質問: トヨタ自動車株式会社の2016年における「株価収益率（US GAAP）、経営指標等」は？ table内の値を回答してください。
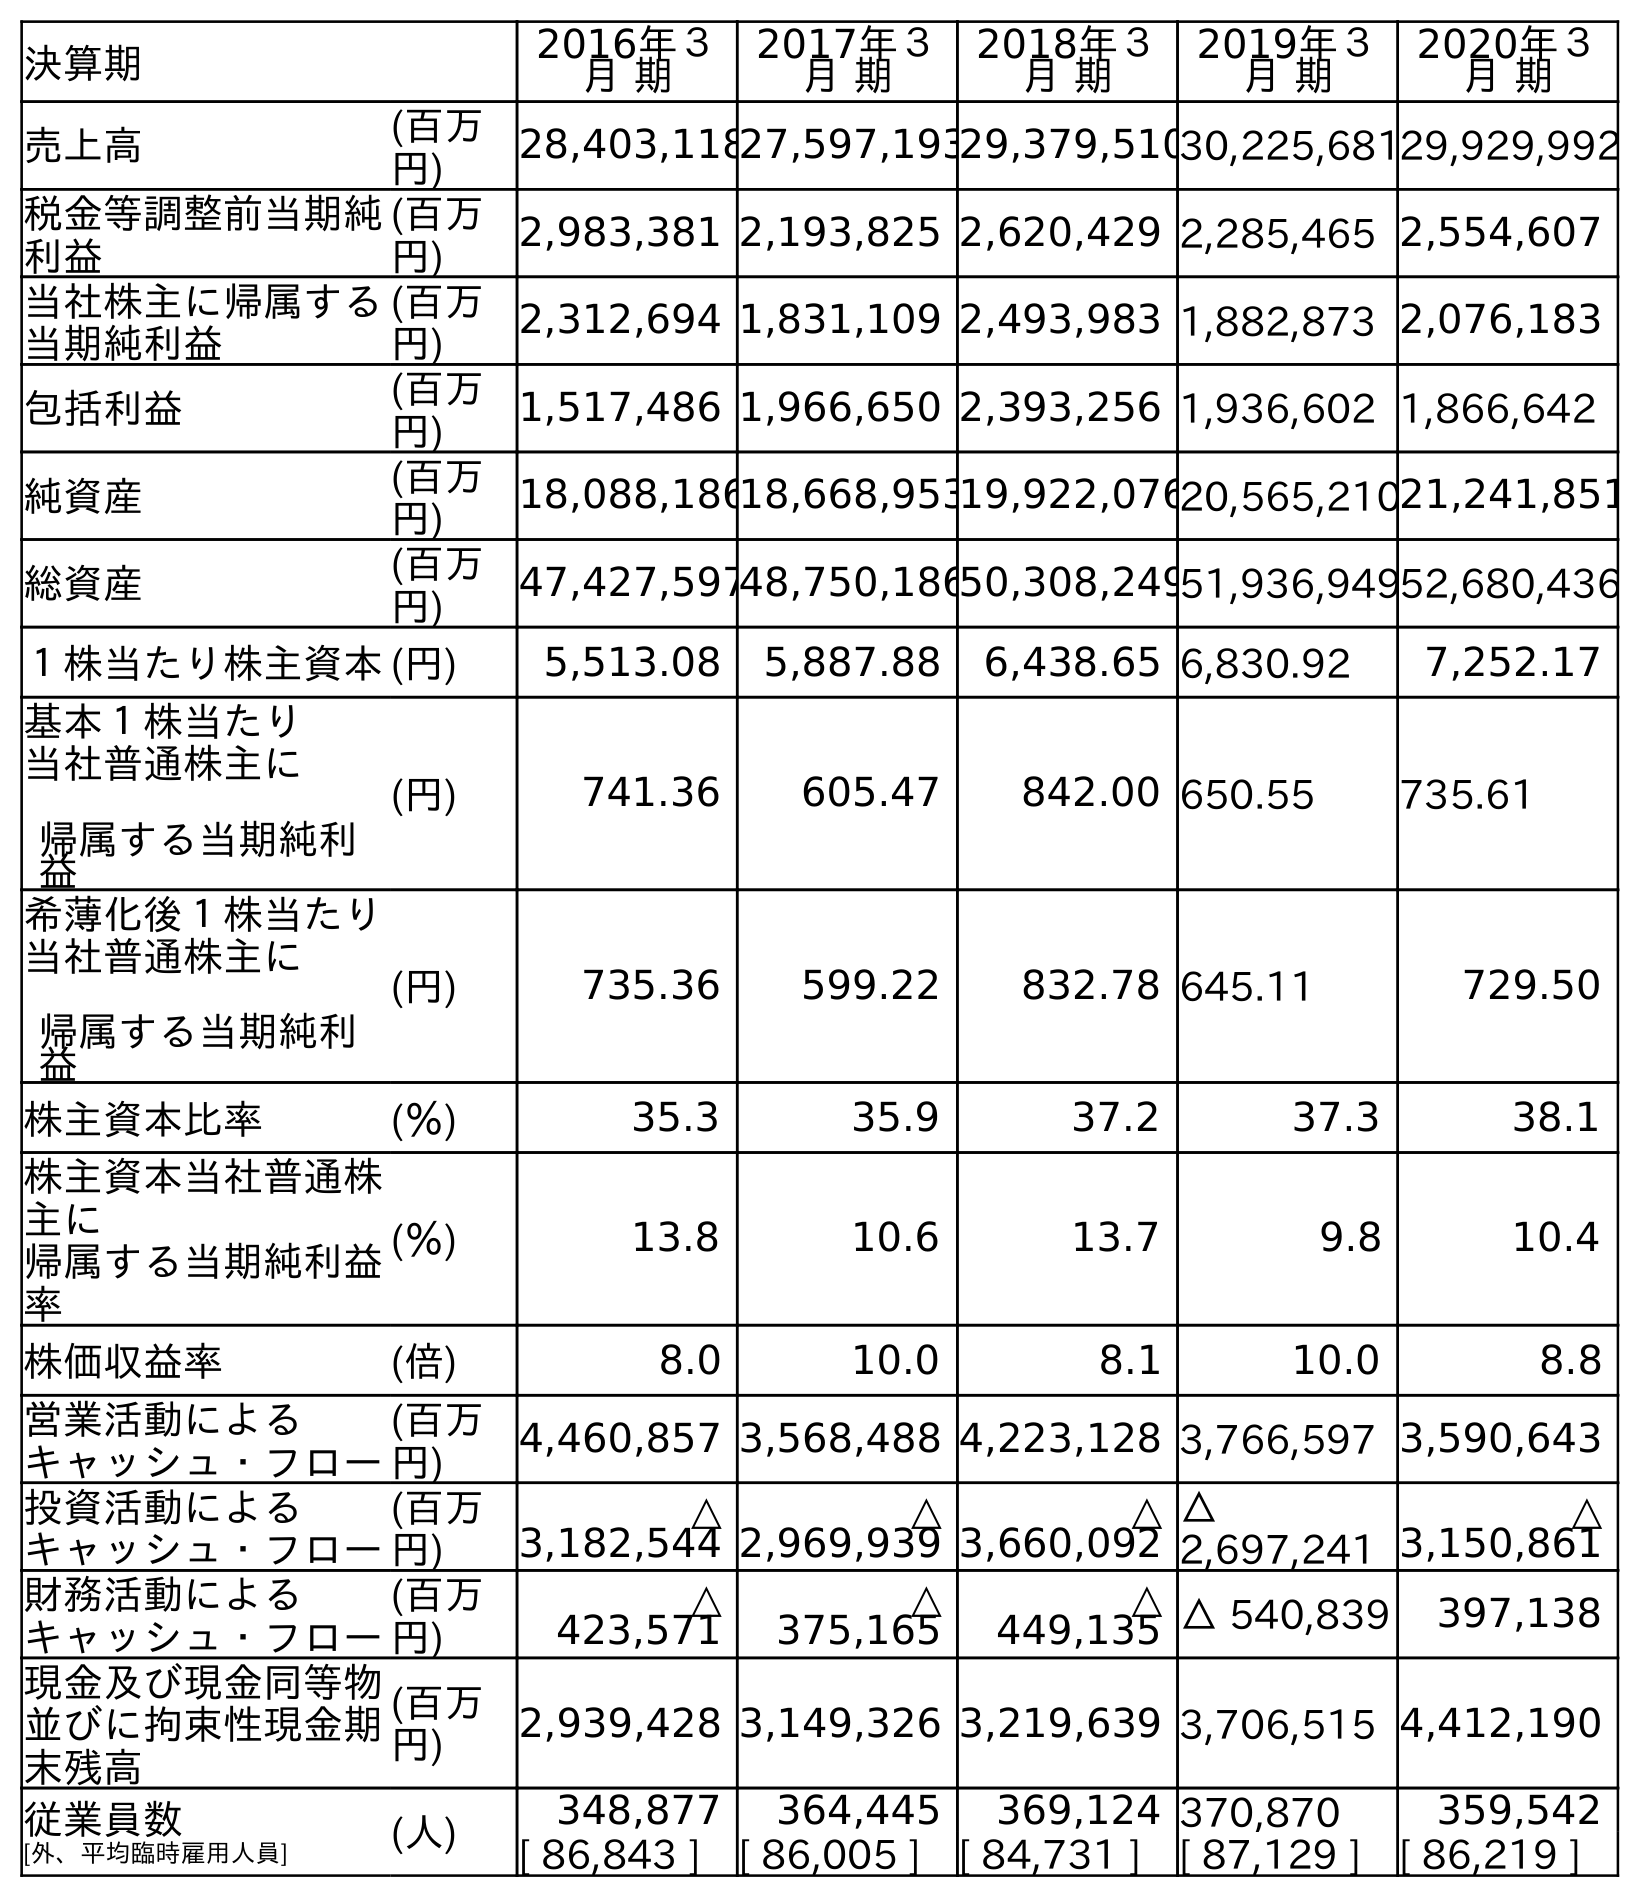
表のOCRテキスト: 決算期 2016年３ 月 期 2017年３ 月 期 2018年３ 月 期 2019年３ 月 期 2020年３ 月 期 売上高 (百万 円) 28,403,11827,597,19329,379,51030,225,68129,929,992 税金等調整前当期純 利益 (百万 円) 2,983,381 2,193,825 2,620,429 2,285,465 2,554,607 当社株主に帰属する 当期純利益 (百万 円) 2,312,694 1,831,109 2,493,983 1,882,873 2,076,183 包括利益 (百万 円) 1,517,486 1,966,650 2,393,256 1,936,602 1,866,642 純資産 (百万 円) 18,088,18618,668,95319,922,07620,565,21021,241,851 総資産 (百万 円) 47,427,59748,750,18650,308,24951,936,94952,680,436 １株当たり株主資本(円) 5,513.08 5,887.88 6,438.65 6,830.92 7,252.17 基本１株当たり 当社普通株主に 帰属する当期純利 益 (円) 741.36 605.47 842.00 650.55 735.61 希薄化後１株当たり 当社普通株主に 帰属する当期純利 益 (円) 735.36 599.22 832.78 645.11 729.50 株主資本比率 (％) 35.3 35.9 37.2 37.3 38.1 株主資本当社普通株 主に 帰属する当期純利益 率 (％) 13.8 10.6 13.7 9.8 10.4 株価収益率 (倍) 8.0 10.0 8.1 10.0 8.8 営業活動による キャッシュ・フロー (百万 円) 4,460,857 3,568,488 4,223,128 3,766,597 3,590,643 投資活動による キャッシュ・フロー (百万 円) △ 3,182,544 △ 2,969,939 △ 3,660,092 △ 2,697,241 △ 3,150,861 財務活動による キャッシュ・フロー (百万 円) △ 423,571 △ 375,165 △ 449,135 △ 540,839 397,138 現金及び現金同等物 並びに拘束性現金期 末残高 (百万 円) 2,939,428 3,149,326 3,219,639 3,706,515 4,412,190 従業員数 [外、平均臨時雇用人員] (人) 348,877 364,445 369,124 370,870 359,542 [ 86,843 ] [ 86,005 ] [ 84,731 ] [ 87,129 ] [ 86,219 ]
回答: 8.0